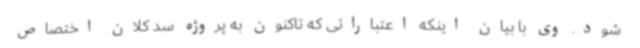
شود. وی با بیان اینکه اعتباراتی که تاکنون به پروژه سد کلان اختصاص